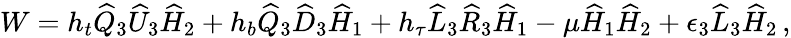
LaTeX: W=h_{t}\widehat Q_{3}\widehat U_{3}\widehat H_{2}+h_{b}\widehat Q_{3}\widehat D_{3}\widehat H_{1}+h_{\tau}\widehat L_{3}\widehat R_{3}\widehat H_{1}-\mu\widehat H_{1}\widehat H_{2}+\epsilon_{3}\widehat L_{3}\widehat H_{2}\, ,